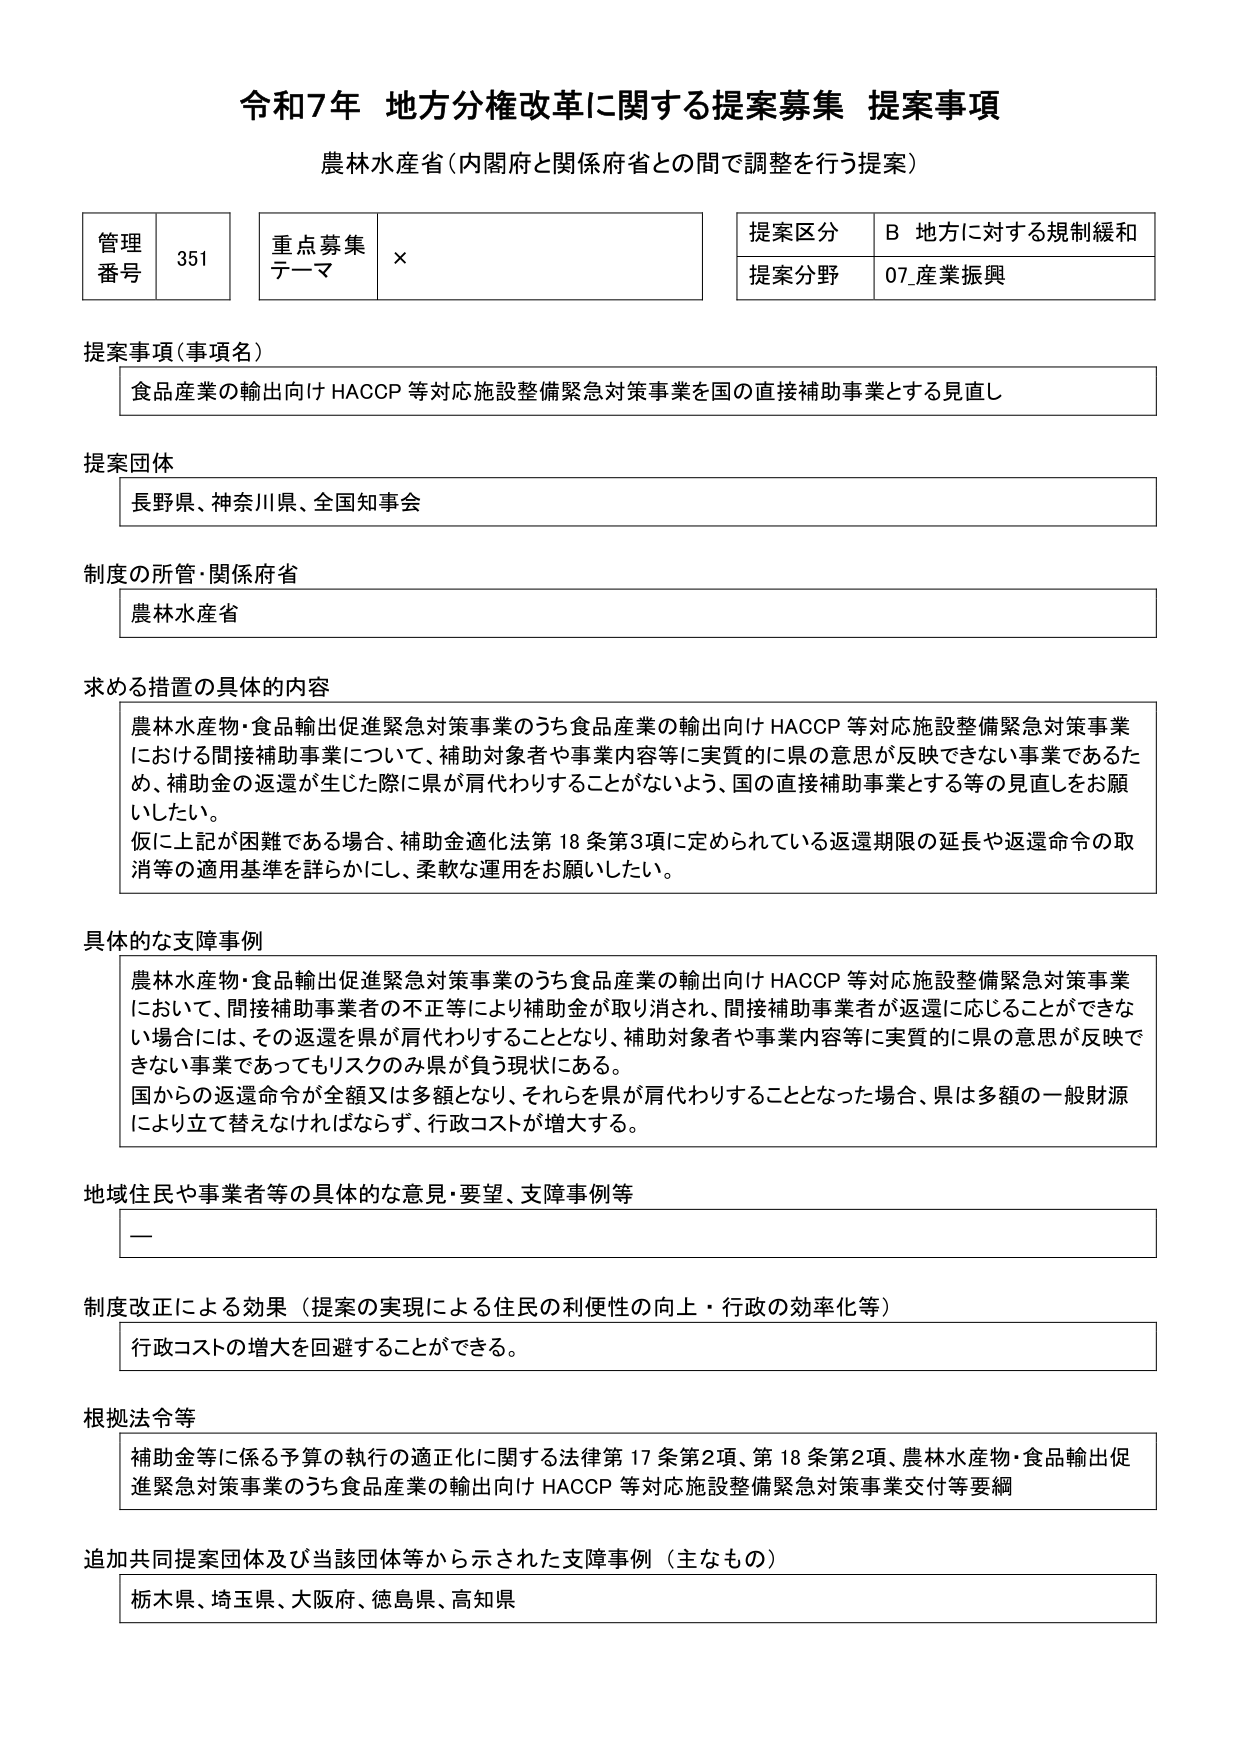
令和7年 地方分権改革に関する提案募集 提案事項
農林水産省（内閣府と関係府省との間で調整を行う提案）

管理番号 351
重点募集テーマ ×
提案区分 B 地方に対する規制緩和
提案分野 07_産業振興

提案事項（事項名）
食品産業の輸出向け HACCP 等対応施設整備緊急対策事業を国の直接補助事業とする見直し

提案団体
長野県、神奈川県、全国知事会

制度の所管・関係府省
農林水産省

求める措置の具体的内容
農林水産物・食品輸出促進緊急対策事業のうち食品産業の輸出向け HACCP 等対応施設整備緊急対策事業における間接補助事業について、補助対象者や事業内容等に実質的に県の意思が反映できない事業であるため、補助金の返還が生じた際に県が肩代わりすることがないよう、国の直接補助事業とする等の見直しをお願いしたい。
仮に上記が困難である場合、補助金適化法第18条第3項に定められている返還期限の延長や返還命令の取消等の適用基準を詳細に、柔軟な運用をお願いしたい。

具体的な支障事例
農林水産物・食品輸出促進緊急対策事業のうち食品産業の輸出向け HACCP 等対応施設整備緊急対策事業において、間接補助事業者の不正等により補助金が取り消され、間接補助事業者が返還に応じることができない場合には、その返還を県が肩代わりすることとなり、補助対象者や事業内容等に実質的に県の意思が反映できない事業であってもリスクのみ県が負う現状にある。
国からの返還命令が全額又は多額となり、それらを県が肩代わりすることとなった場合、県は多額の一般財源により立て替えなければならず、行政コストが増大する。

地域住民や事業者等の具体的な意見・要望、支障事例等
ー

制度改正による効果（提案の実現による住民の利便性の向上・行政の効率化等）
行政コストの増大を回避することができる。

根拠法令等
補助金等に係る予算の執行の適正化に関する法律第17条第2項、第18条第2項、農林水産物・食品輸出促進緊急対策事業のうち食品産業の輸出向け HACCP 等対応施設整備緊急対策事業交付等要綱

追加共同提案団体及び当該団体等から示された支障事例（主なもの）
栃木県、埼玉県、大阪府、徳島県、高知県